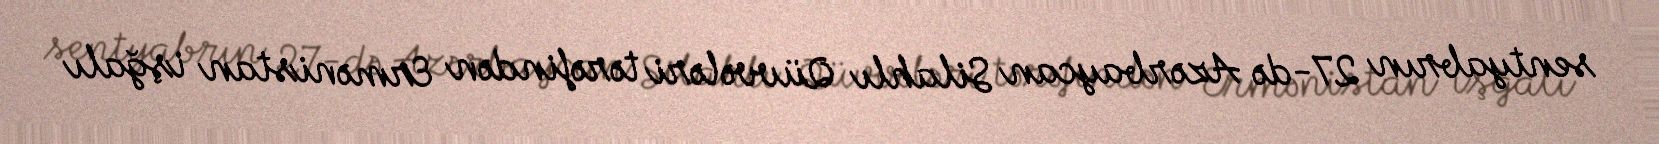
sentyabrın 27-də Azərbaycan Silahlı Qüvvələri tərəfindən Ermənistan işğalı